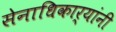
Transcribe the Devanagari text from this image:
सेनाधिकार्‍यांनी